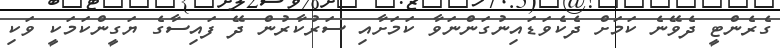
ގެރެންޓީ ދެވޭނެ ކަމަށް ދެކެވަޑައިނުގަންނަވާ ކަމަށާއި ސަރުކާރުން ދޭ ފައިސާގެ ޔަގީންކަމަކީ ވަކި